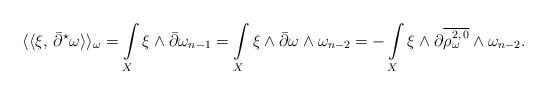
LaTeX: \begin{align*}\langle\langle \xi,\,\bar\partial^{\star}\omega\rangle\rangle_\omega= \int\limits_X \xi \wedge \bar\partial\omega_{n-1}= \int\limits_X \xi \wedge \bar\partial\omega \wedge \omega_{n-2}= -\int\limits_X \xi \wedge \partial\overline{\rho_\omega^{2,\,0}} \wedge \omega_{n-2}.\end{align*}